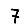
Digit: 7